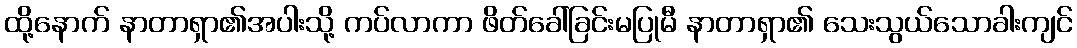
ထို့နောက် နာတာရှာ၏အပါးသို့ ကပ်လာကာ ဖိတ်ခေါ်ခြင်းမပြုမီ နာတာရှာ၏ သေးသွယ်သောခါးကျင်